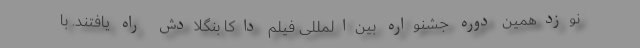
نوزدهمین دوره جشنواره بین‌المللی فیلم داکا بنگلادش راه یافتند. با